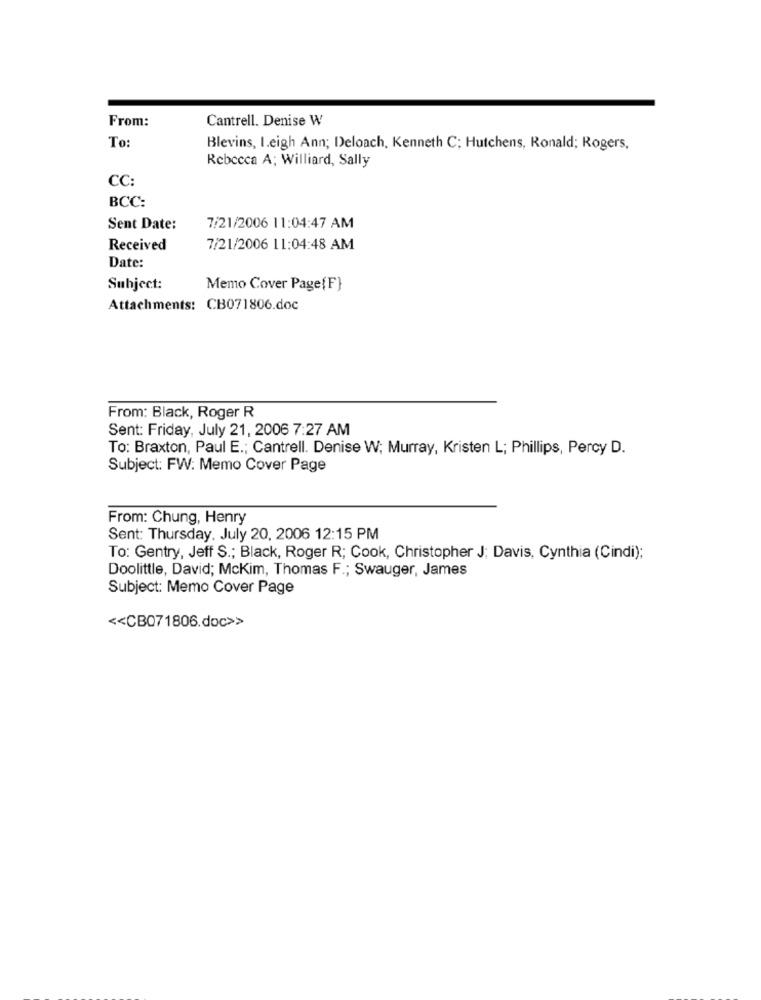
From:
Cantrell. Denise W
To
Blevins, Leigh Ann; Deloach, Kenneth C; Hutchens, Ronald; Rogers,
Rebecca A; Williard, Sally
CC:
BCC:
Sent Date:
7/21/2006 11:04:47 AM
Received
7/21/2006 11:04:48 AM
Date:
Subject:
Memo Cover Page{F}
Attachments: CB071806.doc
From: Black, Roger R
Sent: Friday, July 21, 2006 7:27 AM
To: Braxton, Paul E .; Cantrell. Denise W; Murray, Kristen L; Phillips, Percy D.
Subject: FW: Memo Cover Page
From: Chung, Henry
Sent: Thursday, July 20, 2006 12:15 PM
To: Gentry, Jeff S .; Black, Roger R; Cook, Christopher J; Davis, Cynthia (Cindi);
Doolittle, David; Mckim, Thomas F .; Swauger, James
Subject: Memo Cover Page
<< CB071806.doc>>